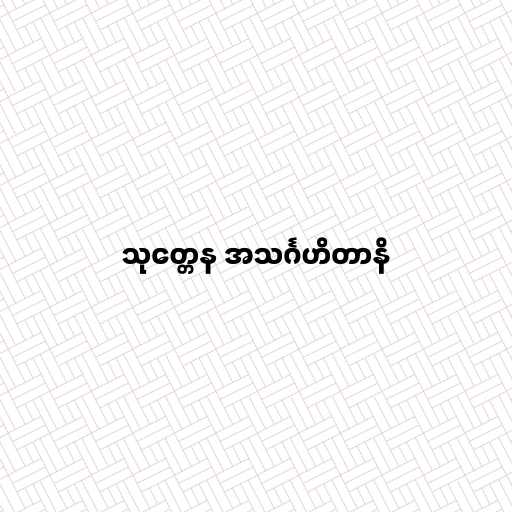
သုတ္တေန အသင်္ဂဟိတာနိ